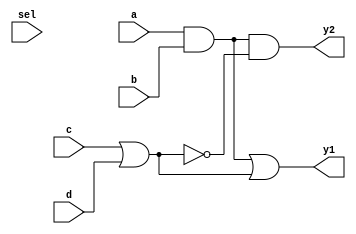
module combinational_logic_block (
    input wire a,
    input wire b,
    input wire c,
    input wire d,
    input wire sel, // Control signal for multiplexing
    output wire y1,
    output wire y2
);

// Shared logic
wire common1;
wire common2;

// Example of shared logic expressions
assign common1 = a & b; // Common logic term
assign common2 = c | d; // Another common logic term

// Output logic using shared terms
assign y1 = common1 | common2; // Output 1
assign y2 = common1 & ~common2; // Output 2

endmodule